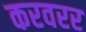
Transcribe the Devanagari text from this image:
करवरर